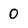
Character: 0